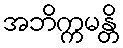
အဘိက္ကမန္တိ